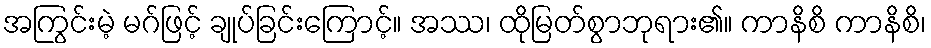
အကြွင်းမဲ့ မဂ်ဖြင့် ချုပ်ခြင်းကြောင့်။ အဿ၊ ထိုမြတ်စွာဘုရား၏။ ကာနိစိ ကာနိစိ၊